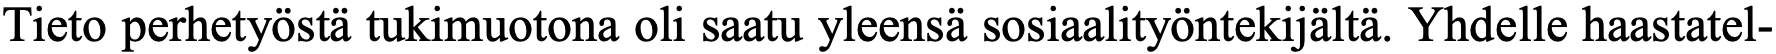
Tieto perhetyöstä tukimuotona oli saatu yleensä sosiaalityöntekijältä. Yhdelle haastatel-